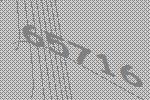
65716